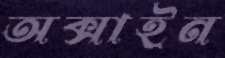
অক্সাইন